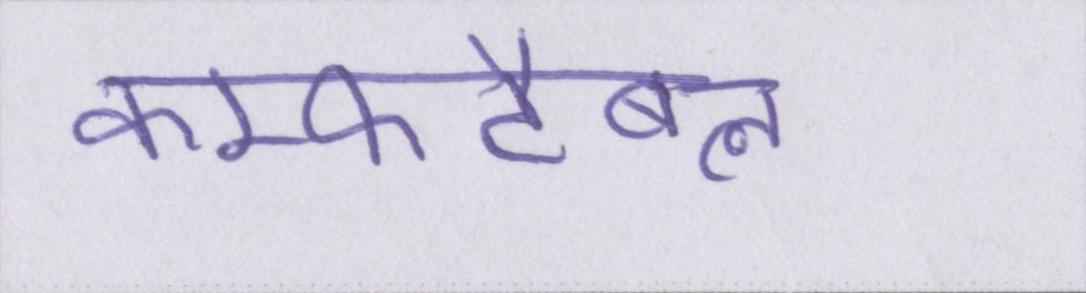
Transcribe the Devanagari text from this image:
कम्फर्टेबल